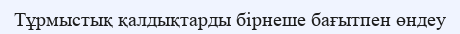
Тұрмыстық қалдықтарды бірнеше бағытпен өндеу